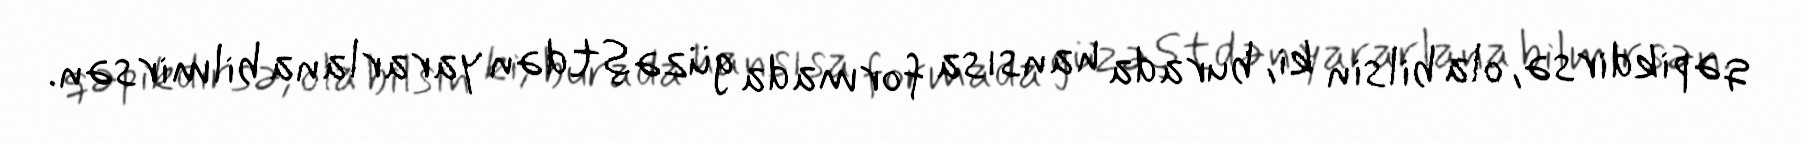
qəpikdirsə, ola bilsin ki, burada hansısa formada güzəştdən yararlana bilmirsən.